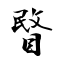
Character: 睯